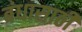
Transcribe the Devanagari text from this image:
बंधासाठी